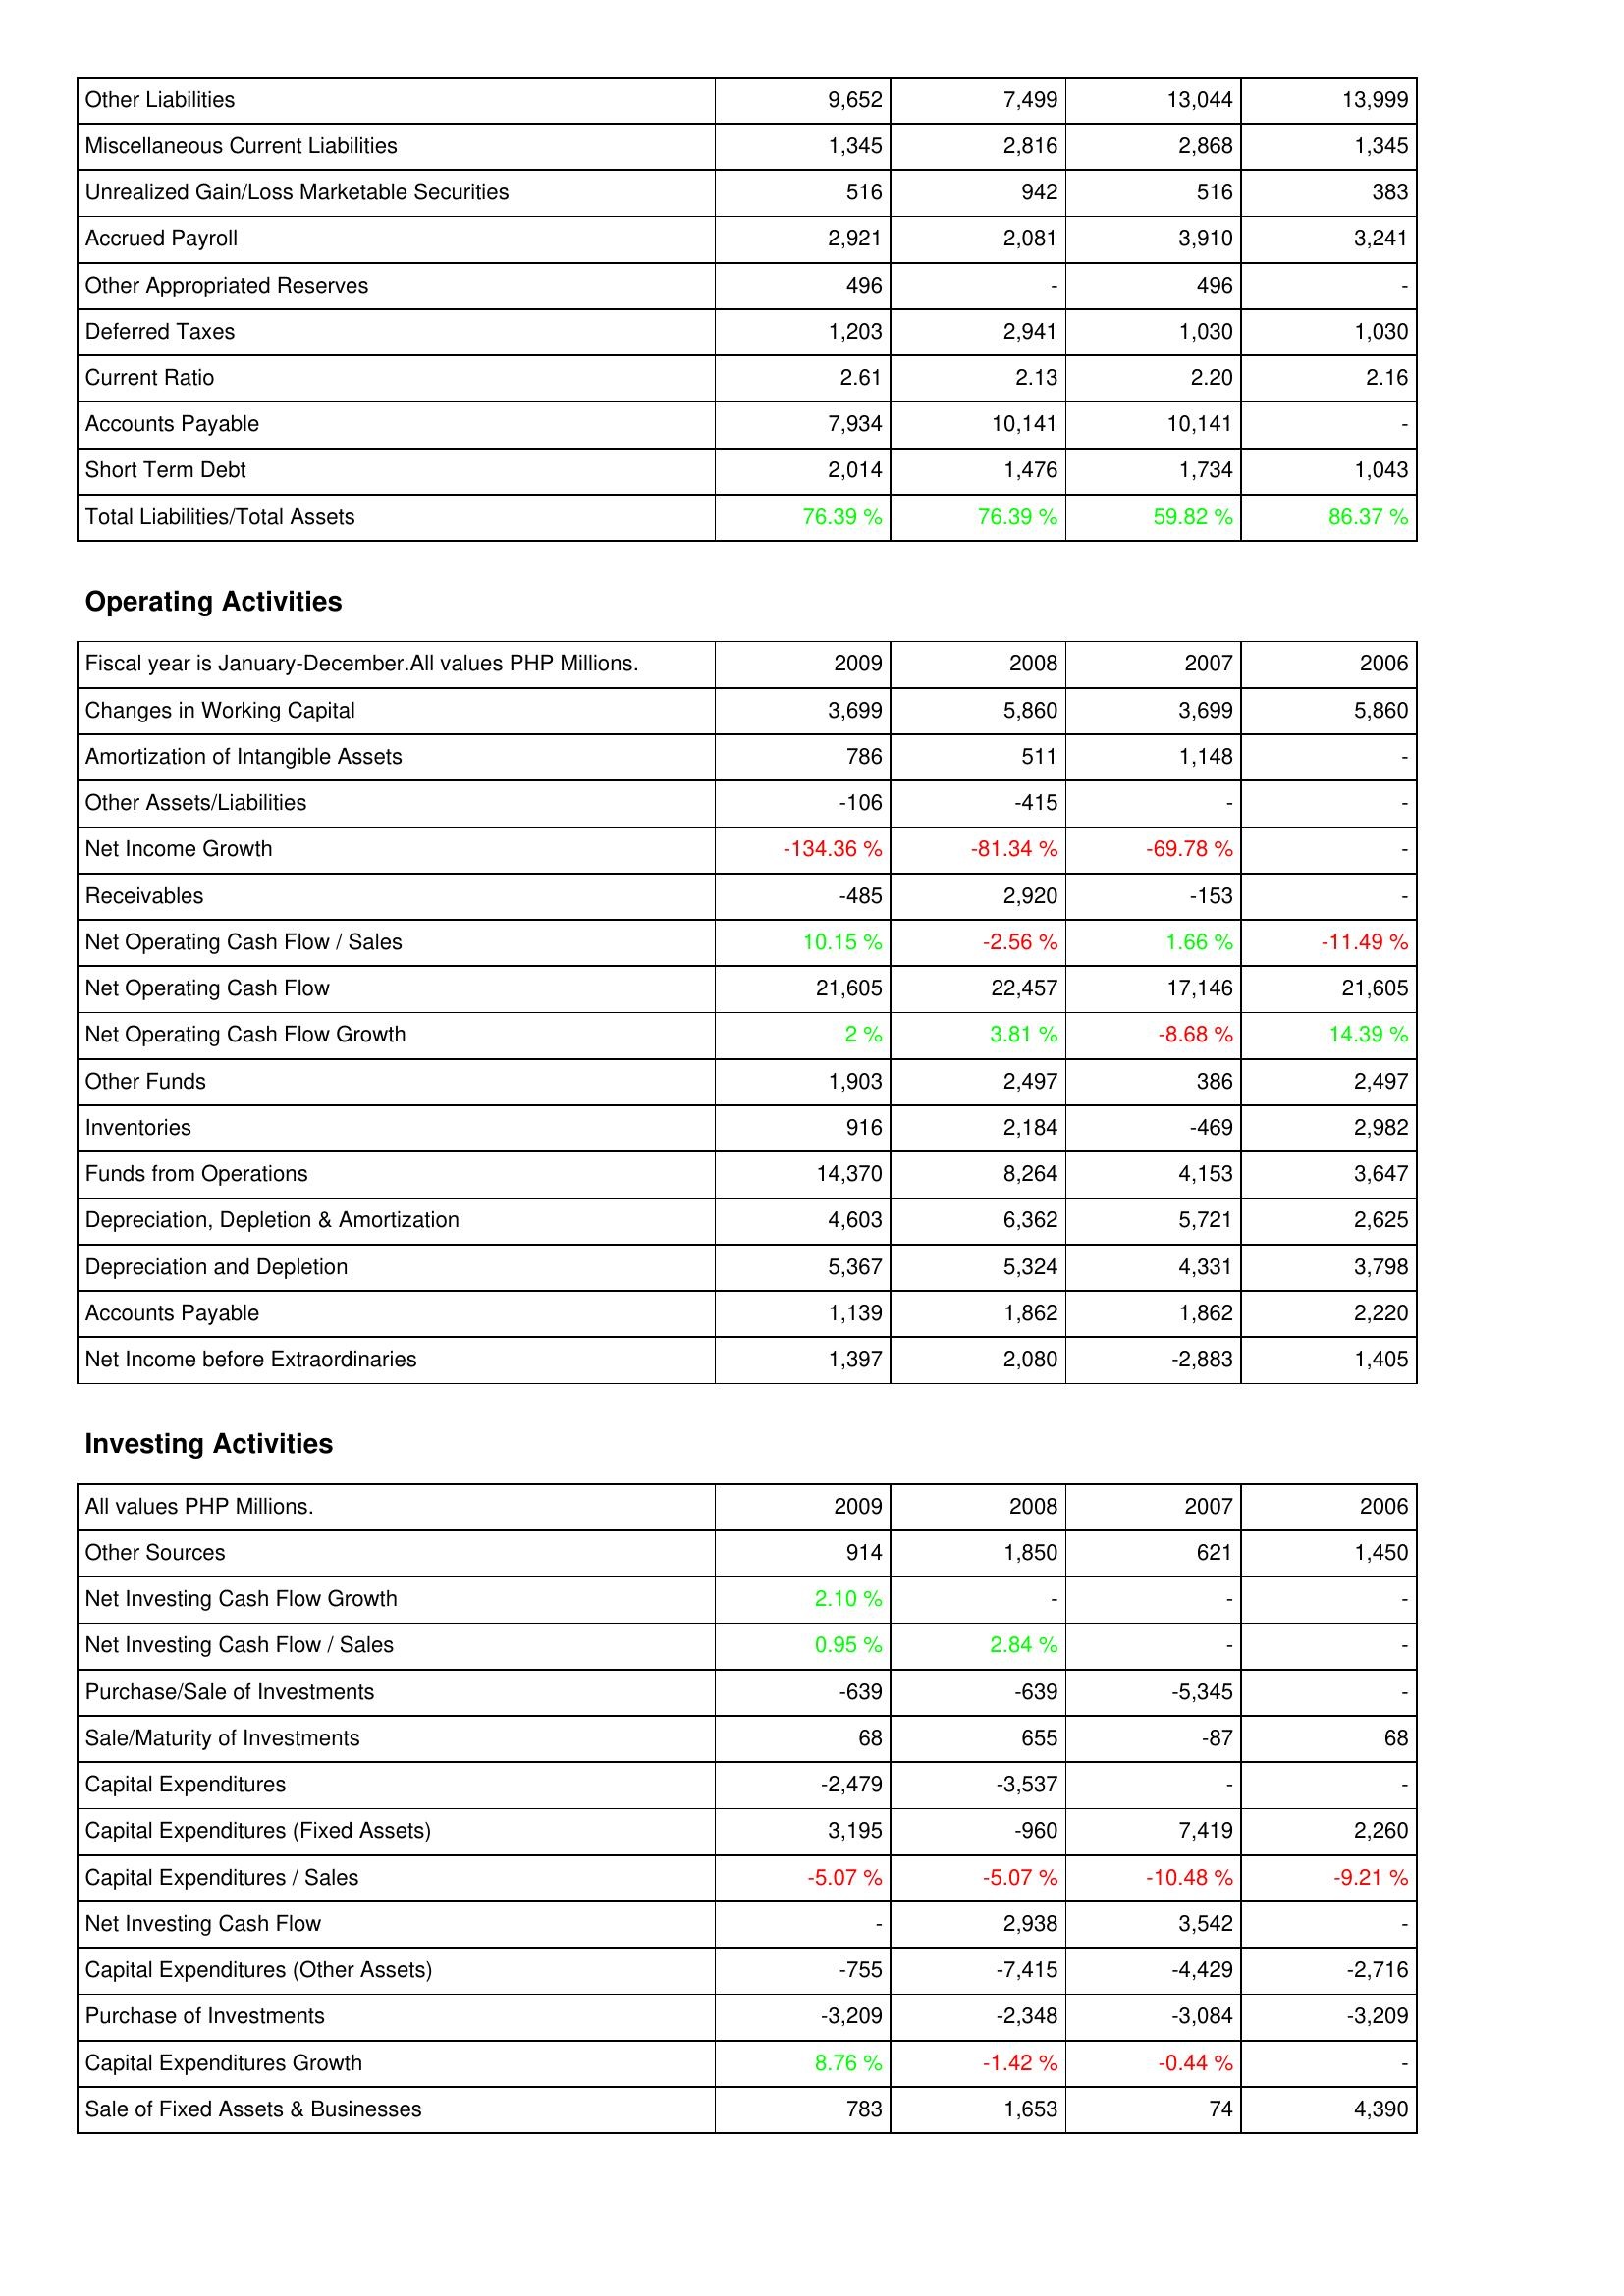
2009: Liabilities & Shareholders' Equity: Other Liabilities: 9,652
Miscellaneous Current Liabilities: 1,345
Unrealized Gain/Loss Marketable Securities: 516
Accrued Payroll: 2,921
Other Appropriated Reserves: 496
Deferred Taxes: 1,203
Current Ratio: 2.61
Accounts Payable: 7,934
Short Term Debt: 2,014
Total Liabilities/Total Assets: 76.39 %
Operating Activities: Changes in Working Capital: 3,699
Amortization of Intangible Assets: 786
Other Assets/Liabilities: -106
Net Income Growth: -134.36 %
Receivables: -485
Net Operating Cash Flow / Sales: 10.15 %
Net Operating Cash Flow: 21,605
Net Operating Cash Flow Growth: 2 %
Other Funds: 1,903
Inventories: 916
Funds from Operations: 14,370
Depreciation, Depletion & Amortization: 4,603
Depreciation and Depletion: 5,367
Accounts Payable: 1,139
Net Income before Extraordinaries: 1,397
Investing Activities: Other Sources: 914
Net Investing Cash Flow Growth: 2.10 %
Net Investing Cash Flow / Sales: 0.95 %
Purchase/Sale of Investments: -639
Sale/Maturity of Investments: 68
Capital Expenditures: -2,479
Capital Expenditures (Fixed Assets): 3,195
Capital Expenditures / Sales: -5.07 %
Net Investing Cash Flow: -
Capital Expenditures (Other Assets): -755
Purchase of Investments: -3,209
Capital Expenditures Growth: 8.76 %
Sale of Fixed Assets & Businesses: 783
2008: Liabilities & Shareholders' Equity: Other Liabilities: 7,499
Miscellaneous Current Liabilities: 2,816
Unrealized Gain/Loss Marketable Securities: 942
Accrued Payroll: 2,081
Other Appropriated Reserves: -
Deferred Taxes: 2,941
Current Ratio: 2.13
Accounts Payable: 10,141
Short Term Debt: 1,476
Total Liabilities/Total Assets: 76.39 %
Operating Activities: Changes in Working Capital: 5,860
Amortization of Intangible Assets: 511
Other Assets/Liabilities: -415
Net Income Growth: -81.34 %
Receivables: 2,920
Net Operating Cash Flow / Sales: -2.56 %
Net Operating Cash Flow: 22,457
Net Operating Cash Flow Growth: 3.81 %
Other Funds: 2,497
Inventories: 2,184
Funds from Operations: 8,264
Depreciation, Depletion & Amortization: 6,362
Depreciation and Depletion: 5,324
Accounts Payable: 1,862
Net Income before Extraordinaries: 2,080
Investing Activities: Other Sources: 1,850
Net Investing Cash Flow Growth: -
Net Investing Cash Flow / Sales: 2.84 %
Purchase/Sale of Investments: -639
Sale/Maturity of Investments: 655
Capital Expenditures: -3,537
Capital Expenditures (Fixed Assets): -960
Capital Expenditures / Sales: -5.07 %
Net Investing Cash Flow: 2,938
Capital Expenditures (Other Assets): -7,415
Purchase of Investments: -2,348
Capital Expenditures Growth: -1.42 %
Sale of Fixed Assets & Businesses: 1,653
2007: Liabilities & Shareholders' Equity: Other Liabilities: 13,044
Miscellaneous Current Liabilities: 2,868
Unrealized Gain/Loss Marketable Securities: 516
Accrued Payroll: 3,910
Other Appropriated Reserves: 496
Deferred Taxes: 1,030
Current Ratio: 2.20
Accounts Payable: 10,141
Short Term Debt: 1,734
Total Liabilities/Total Assets: 59.82 %
Operating Activities: Changes in Working Capital: 3,699
Amortization of Intangible Assets: 1,148
Other Assets/Liabilities: -
Net Income Growth: -69.78 %
Receivables: -153
Net Operating Cash Flow / Sales: 1.66 %
Net Operating Cash Flow: 17,146
Net Operating Cash Flow Growth: -8.68 %
Other Funds: 386
Inventories: -469
Funds from Operations: 4,153
Depreciation, Depletion & Amortization: 5,721
Depreciation and Depletion: 4,331
Accounts Payable: 1,862
Net Income before Extraordinaries: -2,883
Investing Activities: Other Sources: 621
Net Investing Cash Flow Growth: -
Net Investing Cash Flow / Sales: -
Purchase/Sale of Investments: -5,345
Sale/Maturity of Investments: -87
Capital Expenditures: -
Capital Expenditures (Fixed Assets): 7,419
Capital Expenditures / Sales: -10.48 %
Net Investing Cash Flow: 3,542
Capital Expenditures (Other Assets): -4,429
Purchase of Investments: -3,084
Capital Expenditures Growth: -0.44 %
Sale of Fixed Assets & Businesses: 74
2006: Liabilities & Shareholders' Equity: Other Liabilities: 13,999
Miscellaneous Current Liabilities: 1,345
Unrealized Gain/Loss Marketable Securities: 383
Accrued Payroll: 3,241
Other Appropriated Reserves: -
Deferred Taxes: 1,030
Current Ratio: 2.16
Accounts Payable: -
Short Term Debt: 1,043
Total Liabilities/Total Assets: 86.37 %
Operating Activities: Changes in Working Capital: 5,860
Amortization of Intangible Assets: -
Other Assets/Liabilities: -
Net Income Growth: -
Receivables: -
Net Operating Cash Flow / Sales: -11.49 %
Net Operating Cash Flow: 21,605
Net Operating Cash Flow Growth: 14.39 %
Other Funds: 2,497
Inventories: 2,982
Funds from Operations: 3,647
Depreciation, Depletion & Amortization: 2,625
Depreciation and Depletion: 3,798
Accounts Payable: 2,220
Net Income before Extraordinaries: 1,405
Investing Activities: Other Sources: 1,450
Net Investing Cash Flow Growth: -
Net Investing Cash Flow / Sales: -
Purchase/Sale of Investments: -
Sale/Maturity of Investments: 68
Capital Expenditures: -
Capital Expenditures (Fixed Assets): 2,260
Capital Expenditures / Sales: -9.21 %
Net Investing Cash Flow: -
Capital Expenditures (Other Assets): -2,716
Purchase of Investments: -3,209
Capital Expenditures Growth: -
Sale of Fixed Assets & Businesses: 4,390